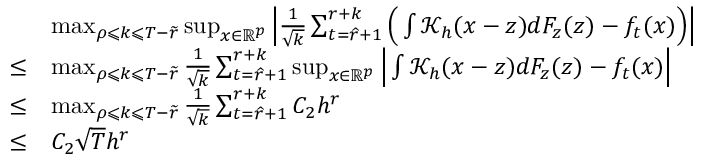
\begin{array} { r l } & { \operatorname* { m a x } _ { \rho \leqslant k \leqslant T - \widetilde { r } } \operatorname* { s u p } _ { x \in \mathbb { R } ^ { p } } \Big | \frac { 1 } { \sqrt { k } } \sum _ { t = \widehat { r } + 1 } ^ { r + k } \Big ( \int \mathcal { K } _ { h } ( x - z ) d F _ { z } ( z ) - f _ { t } ( x ) \Big ) \Big | } \\ { \le } & { \operatorname* { m a x } _ { \rho \leqslant k \leqslant T - \widetilde { r } } \frac { 1 } { \sqrt { k } } \sum _ { t = \widehat { r } + 1 } ^ { r + k } \operatorname* { s u p } _ { x \in \mathbb { R } ^ { p } } \Big | \int \mathcal { K } _ { h } ( x - z ) d F _ { z } ( z ) - f _ { t } ( x ) \Big | } \\ { \le } & { \operatorname* { m a x } _ { \rho \leqslant k \leqslant T - \widetilde { r } } \frac { 1 } { \sqrt { k } } \sum _ { t = \widehat { r } + 1 } ^ { r + k } C _ { 2 } h ^ { r } } \\ { \le } & { C _ { 2 } \sqrt { T } h ^ { r } } \end{array}